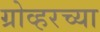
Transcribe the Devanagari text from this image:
ग्रोव्हरच्या